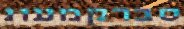
סברקמעונ